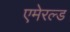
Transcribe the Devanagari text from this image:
एमेरल्ड